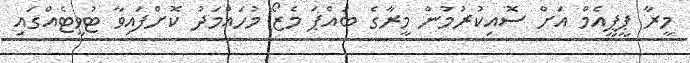
މީރާ ޕީޕީއެމް އަށް ސޮއިކުރުމުން މީރާގެ ބައްޕަ މެޒޯ މުހައްމަދު ކޮށްފައިވާ ޓުވީޓެއްގައި